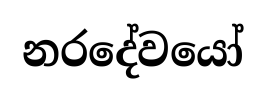
නරදේවයෝ